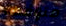
متوقعة